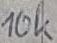
Text: 10k